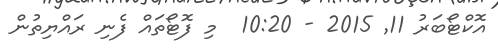
އޮކްޓޯބަރު 11